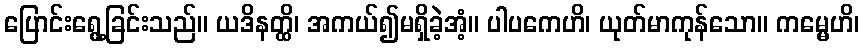
ပြောင်းရွေ့ခြင်းသည်။ ယဒိနတ္ထိ၊ အကယ်၍မရှိခဲ့အံ့။ ပါပကေဟိ၊ ယုတ်မာကုန်သော။ ကမ္မေဟိ၊